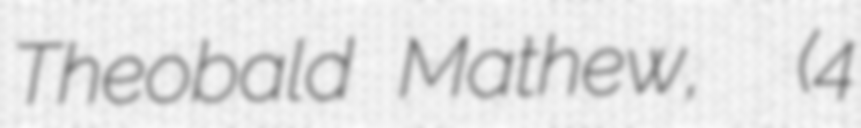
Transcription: Theobald Mathew,  (4